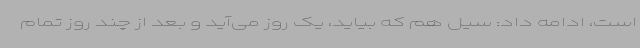
است، ادامه داد: سیل هم که بیاید، یک روز می‌آید و بعد از چند روز تمام